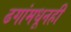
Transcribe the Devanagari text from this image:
ढगांमधूनही